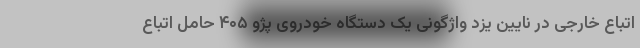
اتباع خارجی در نایین یزد واژگونی یک دستگاه خودروی پژو ۴۰۵ حامل اتباع